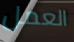
العمل